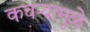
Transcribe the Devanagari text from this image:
कचऱ्यामुळे